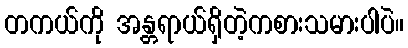
တကယ်ကို အန္တရာယ်ရှိတဲ့ကစားသမားပါပဲ။